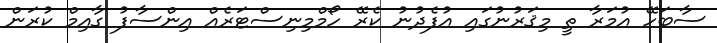
ސާބަހޭ އުމަރާ ތީ މިޤަރުނުގައި އުފެދުނު ކެރޭ ހޯމްމިނިސްޓަރެއް އިންސާފު ގާއިމް ކުރަން